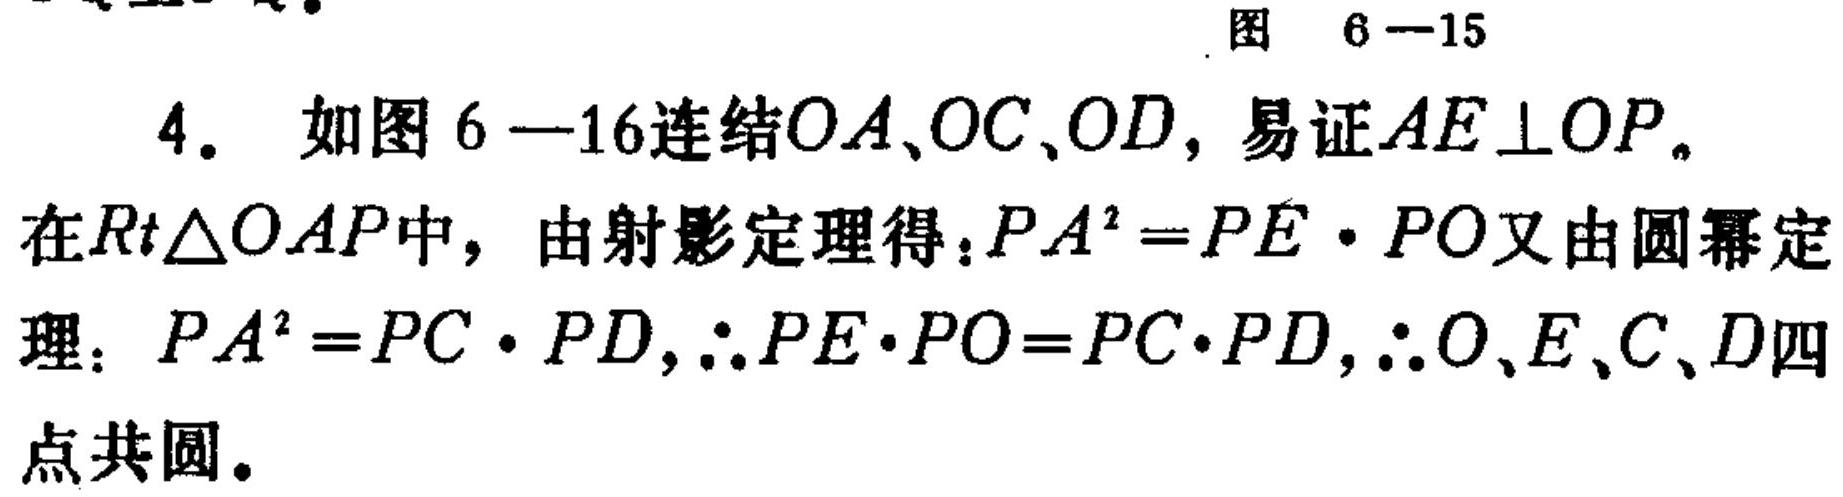
图 6—15
4. 如图6—16连结\(OA\)、\(OC\)、\(OD\)，易证\(AE\perp OP\)。
在\(Rt\triangle OAP\)中，由射影定理得：\(PA^{2}=PE\cdot PO\)又由圆幂定理：\(PA^{2}=PC\cdot PD,\therefore PE\cdot PO=PC\cdot PD,\therefore O、E、C、D\)四点共圆。